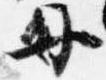
母